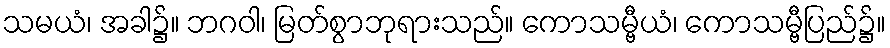
သမယံ၊ အခါ၌။ ဘဂဝါ၊ မြတ်စွာဘုရားသည်။ ကောသမ္ဗီယံ၊ ကောသမ္ဗီပြည်၌။